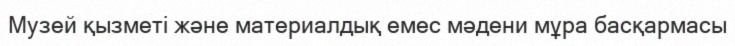
Музей қызметі және материалдық емес мәдени мұра басқармасы